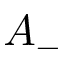
A _ { - }